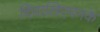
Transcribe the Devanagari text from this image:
दिवालिएपनके